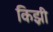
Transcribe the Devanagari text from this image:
किझ़ी